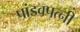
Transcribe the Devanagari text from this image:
पांडवपत्‍नी